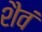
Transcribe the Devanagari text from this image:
शैवं